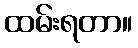
ထမ်းရတာ။